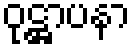
ဝုဋ္ဌာပနာ